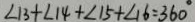
\angle B + \angle 1 4 + \angle 1 5 + \angle 1 6 = 3 6 0 ^ { \circ }